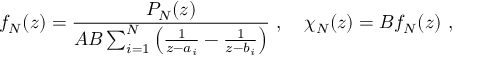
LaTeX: f _ { \cal N } ( z ) = { \frac { P _ { \cal N } ( z ) } { { \cal A } { \cal B } \sum _ { i = 1 } ^ { \cal N } \left( { \frac { 1 } { z - a _ { i } } } - { \frac { 1 } { z - b _ { i } } } \right) } } \ , \quad \chi _ { \cal N } ( z ) = { \cal B } f _ { \cal N } ( z ) \ ,